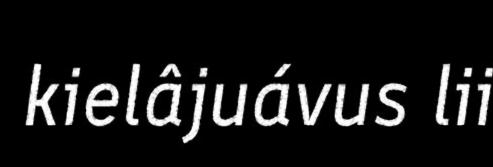
kielâjuávus lii